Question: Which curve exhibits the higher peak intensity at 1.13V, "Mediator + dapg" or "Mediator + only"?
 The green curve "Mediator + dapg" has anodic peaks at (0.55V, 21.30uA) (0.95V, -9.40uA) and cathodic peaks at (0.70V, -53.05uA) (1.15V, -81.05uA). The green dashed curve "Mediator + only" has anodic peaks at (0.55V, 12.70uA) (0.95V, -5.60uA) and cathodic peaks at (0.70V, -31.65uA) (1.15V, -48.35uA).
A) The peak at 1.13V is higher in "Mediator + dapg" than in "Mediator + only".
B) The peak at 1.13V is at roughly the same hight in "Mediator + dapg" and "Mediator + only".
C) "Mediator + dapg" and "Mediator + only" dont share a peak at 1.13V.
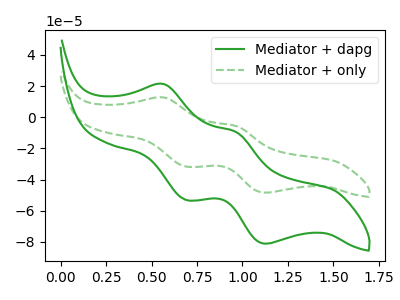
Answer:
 <answer>A) The peak at 1.13V is higher in "Mediator + dapg" than in "Mediator + only".</answer>
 <eval>A</eval>